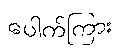
ပေါက်ကြား